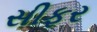
સીફર